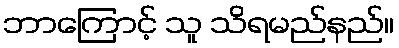
ဘာကြောင့် သူ သိရမည်နည်။